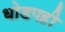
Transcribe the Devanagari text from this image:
धोडपही